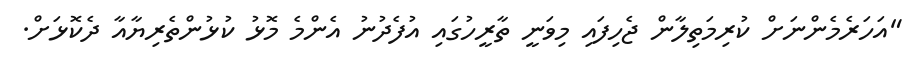
"އަހަރެމެންނަށް ކުރިމަތިލާން ޖެހިފައި މިވަނީ ތާރީހުގައި އުފެދުނު އެންމެ މޮޅު ކުޅުންތެރިޔާއާ ދެކޮޅަށް.